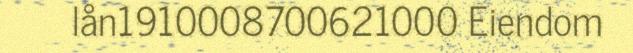
lån1910008700621000 Eiendom